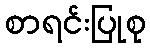
စာရင်းပြုစု